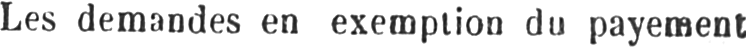
Les demandes en exemption du payement